Vital statistics of India. Vol. V, Reports of 1876 on armies & jails and on epidemic cholera
Year: 1876
Disease focus: Cholera
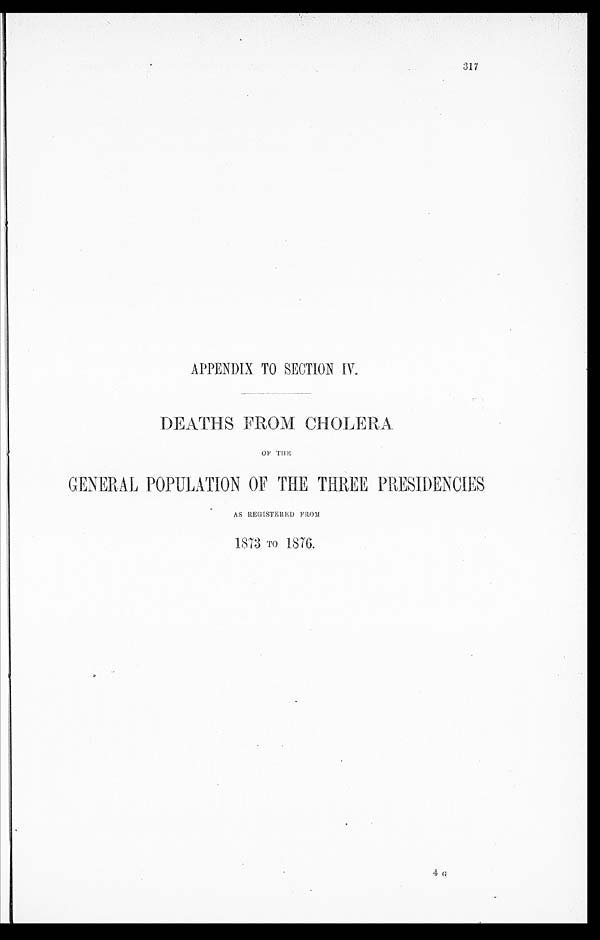
APPENDIX TO SECTION IV.
DEATHS FROM CHOLERA
OF THE
GENERAL POPULATION OF THE THREE PRESIDENCIES
AS REGISTERED FROM
1873 To 1876.
317
4 G